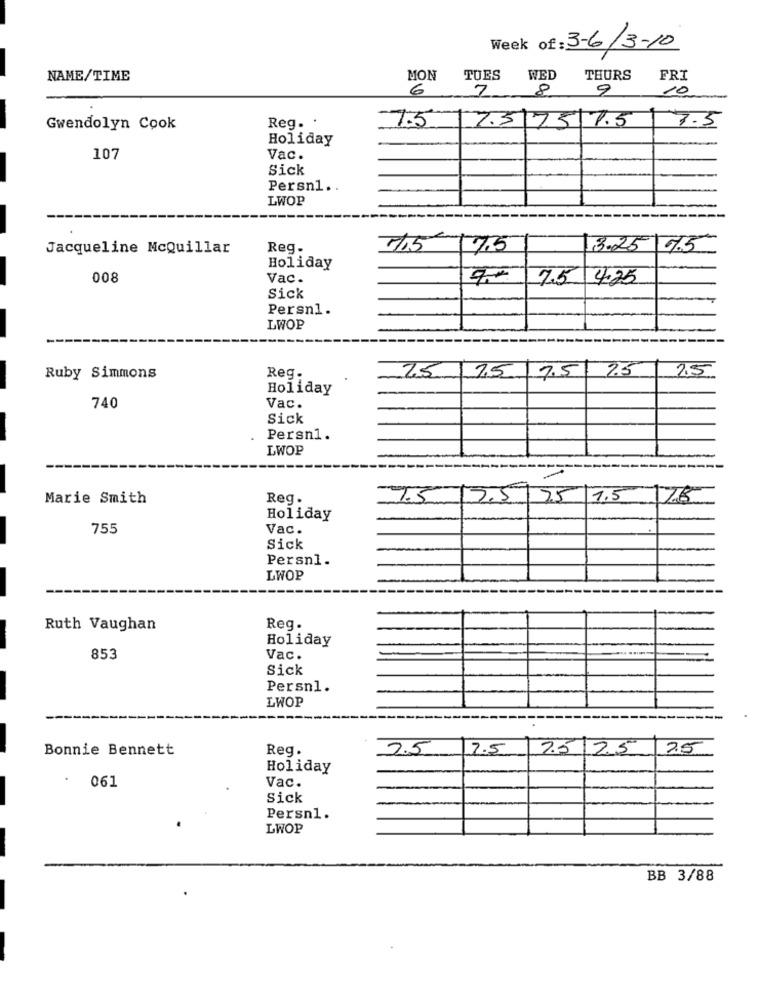
Week of: 3-6/3-10
NAME/TIME
MON
TUES
WED
THURS
FRI
6
7
8
10
7.5. 17.317517.5
Gwendolyn Cook
Reg. .
7.5
Holiday
107
Vac.
Sick
Persn1 ..
LWOP
Jacqueline McQuillar
Reg.
-1,5 17.5
3.25 95
Holiday
008
Vac.
2.5
4.25
Sick
Persn1.
LWOP
25
Ruby Simmons
Reg.
25
7.5 7.5 9.5
Holiday
740
Vac.
Sick
Persn1.
LWOP
Marie Smith
Reg.
75/2.5/25
7.5
175
Holiday
755
Vac.
Sick
Persnl.
LWOP
Ruth Vaughan
Reg.
Holiday
853
Vac.
Sick
Persn1.
LWOP
Bonnie Bennett
Reg.
2.5
7.5
7.5 2.5
25
Holiday
061
Vac.
Sick
Persn1.
LWOP
BB 3/88